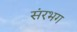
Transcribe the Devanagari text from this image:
संरभग